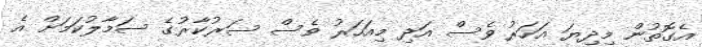
އެގޮތުން މިދިޔަ އަހަރު ވެސް އަދި މިއަހަރު ވެސް ސަރުކާރުގެ ސަމާލުކަމަށް އެ